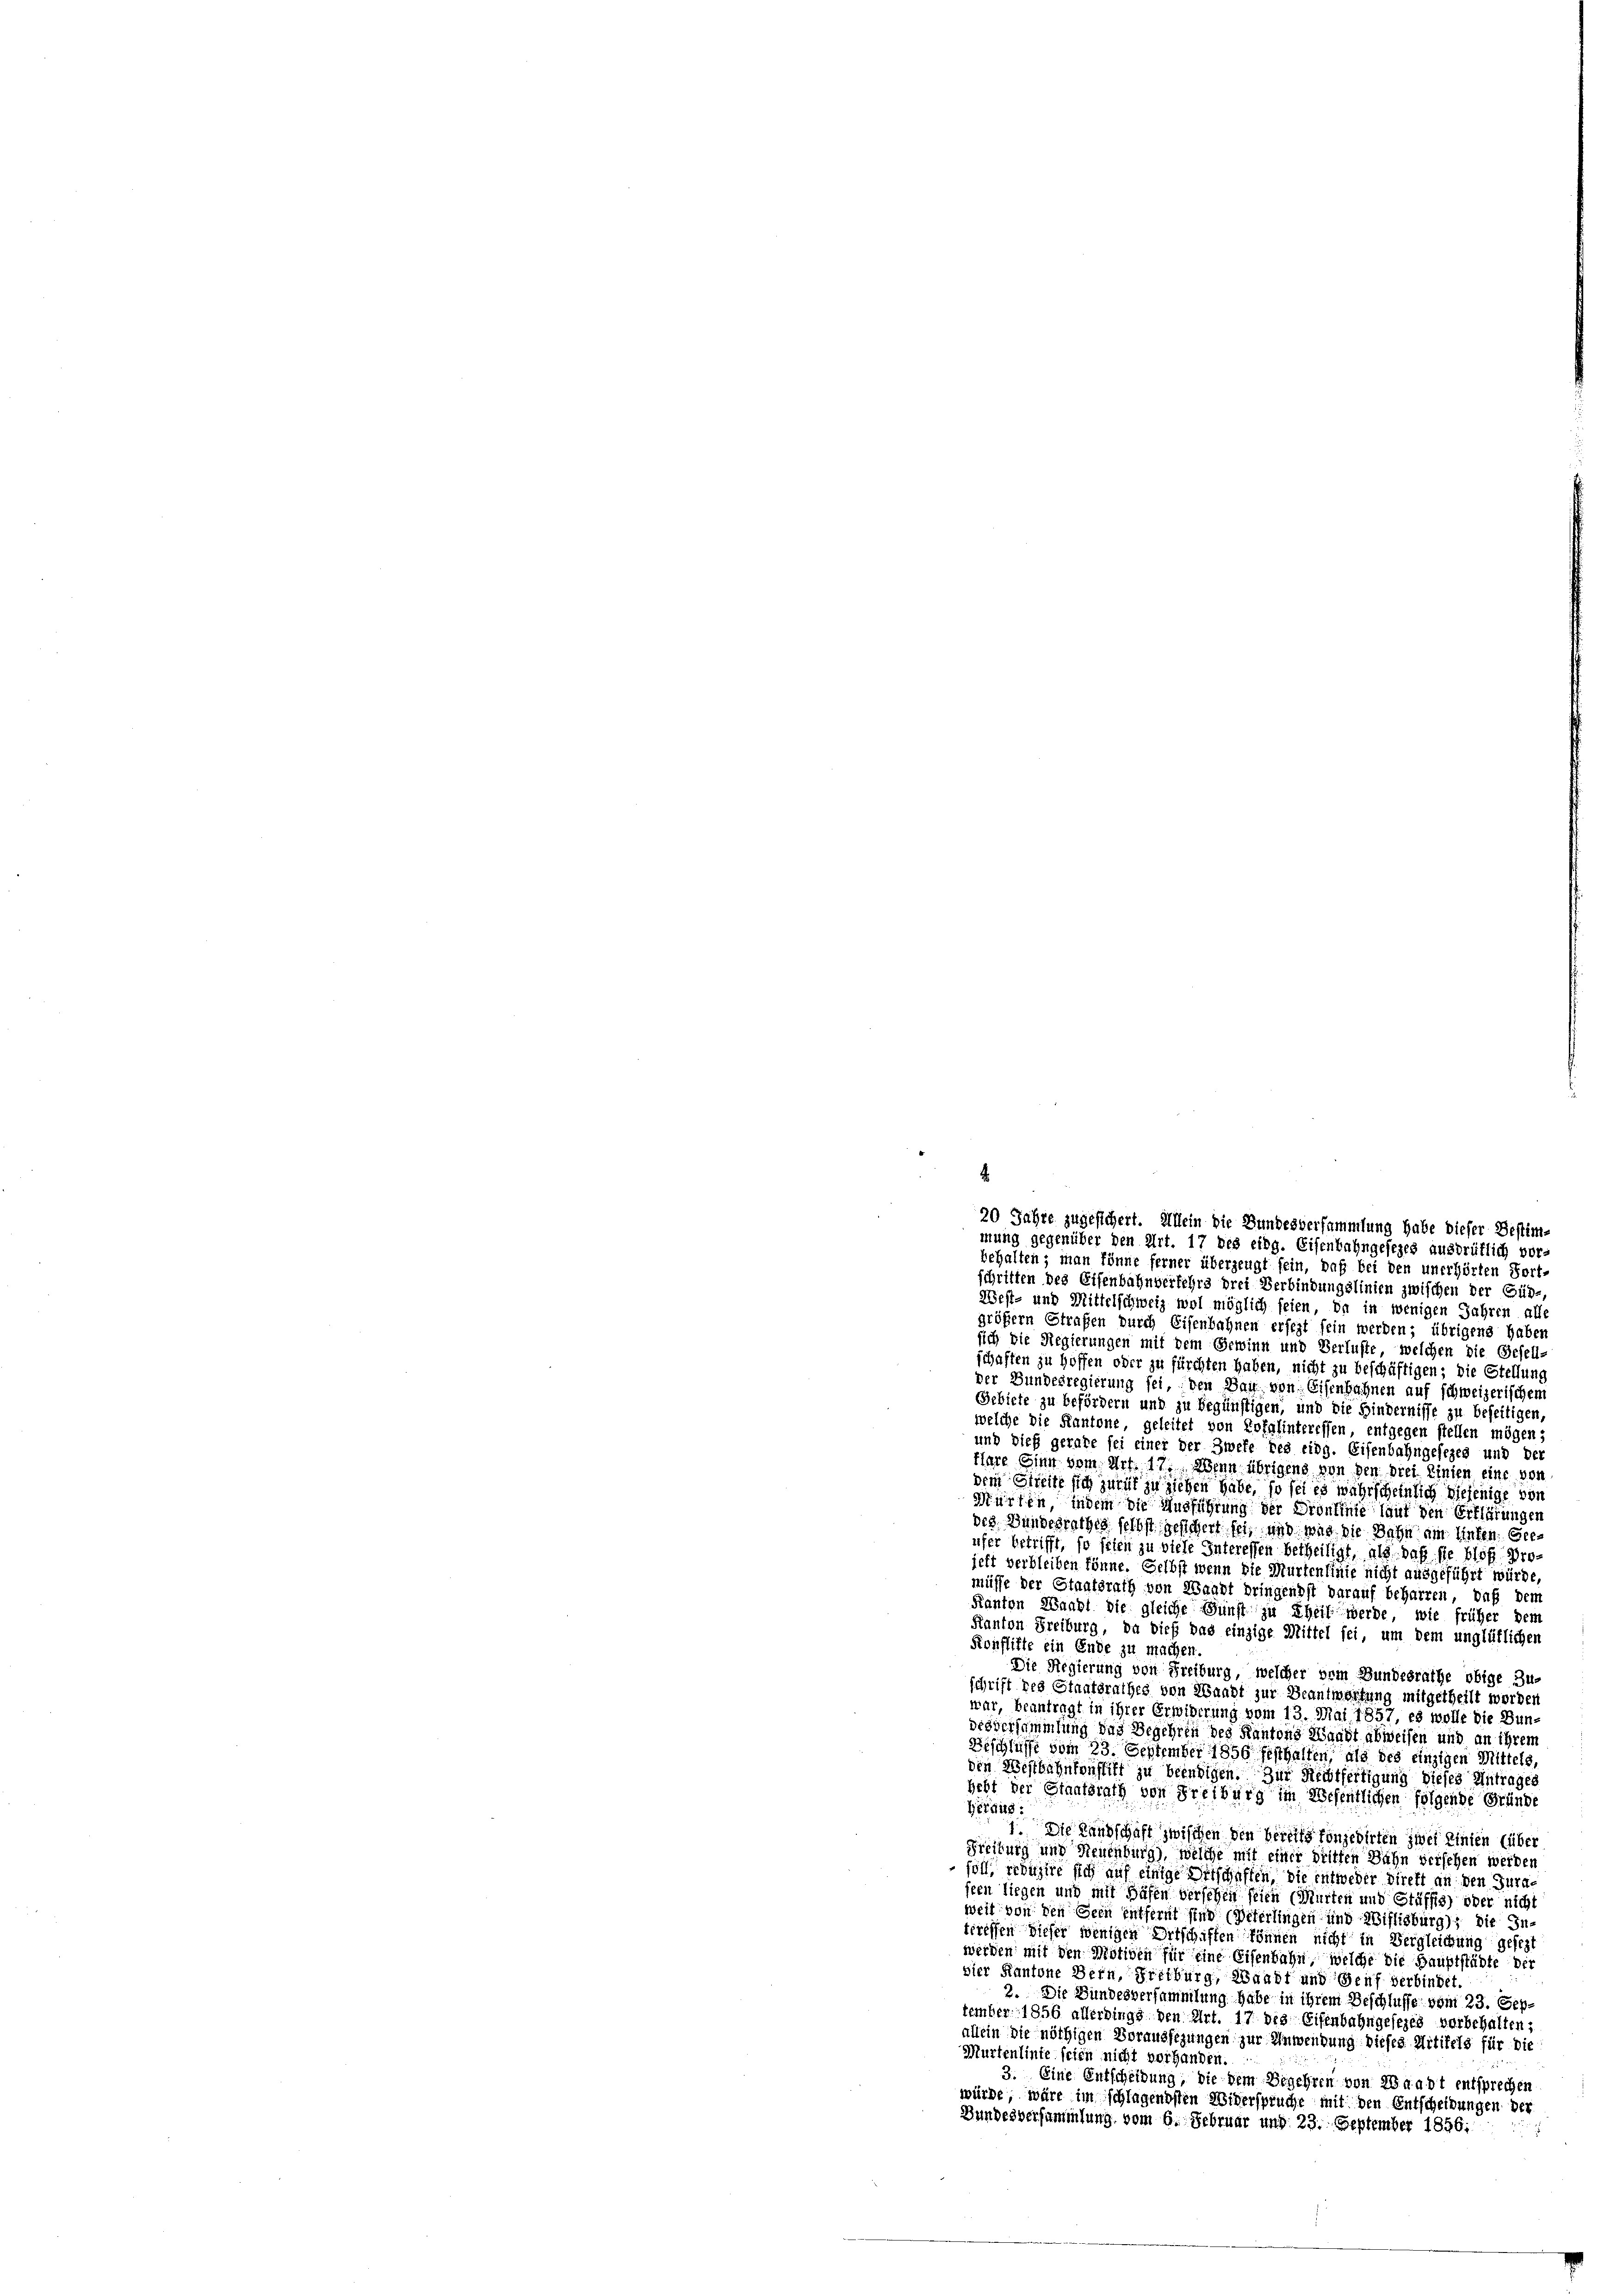
schritten des Eisenbahnverfehrs drei Verbindungslinien zwischen der Gün-,
West- und Mittelschweiz wol möglich seien, da in wenigen Jahren alls
größern Strafen durch Eisenbahnen ersezt sein werden; übrigens haben
sich die Regierungen mit dem Gewinn und Verluste, welchen die Gesell-
schaften zu hoffen oder zu fürchten haben, nicht zu beschäftigen; die Stellung
der Bundesregierung sei, den Bau von Eisenbahnen auf schweizerischen
Gebiete zu befördern und zu begünstigen, und die Hindernisse zu beseitigen,
welche die Kantone, geleitet von Kofahinteressen, entgegen stellen mögen;
und dieß gerate sei einer der Zwefe des eidg. Eisenbahngesezes und de
tlare Ginn vom Art. 17. Wenn übrigens von den drei Linien eine vor
dem Streite sich zurük zu ziehen habe, so sei es wahrscheinlich diejenige von
Würfen, indem die Ausführung der Droulinie laut den Erklärungen
des Bundesrathes selbst gesichert sei, und wie die Bahn am Hinten Geeufer betrifft, so seien zu viele Interessen betheiligt, als daß sie bloß projett verbleiben könne. Selbst wenn die Murtensinte nicht ausgeführt würde,
müsse der Staatsrath von Waadt bringendst darauf beharren, daß dem
Kanton Waadt die gleiche Gunst zu Theil werde, wie früher dem
Kanton Freiburg, da dieß das einzige Mittel sei, um dem unglüklichen
Konflikte ein Ende zu machen.
Die Regierung von Freiburg, welcher vom Bundesrathe obige Zu-
schrift des Staatsrathes von Waadt zur Beantwortung mitgetheilt worden
war, beantragt in ihrer Erwiderung vom 13. Mai 1857, es wolle die Bun-
Disversammlung das Begehren des Kantons Waadt abweisen und an ihrem
Beschlüsse vom 23. September 1856 festhalten, als des einzigen Mittels
den Westbahnkonstift zu beendigen. Zur Rechtfertigung dieses Antrages
hebt der Staatsrath von Freiburg im Wesentlichen folgende Gründe
Hirdig
1 Die Landschaft zwischen den bereits konzedirten zwei einien (über
Freitung und Neuenburg), welche mit einer dritten Bahn versehen werden
 soll reduzire sich auf einige Ortschaffen, die entweder Direkt an den Jurafern liegen und mit Häfen versehen seien (Marten und Stäffis) oder nicht
weit von den Dein entfernt sind (Peterlingen und Willisburg), die In-
treffen dieser wenigen Ortschaffen können nicht in Vergleichung gesezt
werden mit den Motiven für eine Eisenbahn, welche die Hauptstädte der
vier Kantone Bern, Fritburg, Waadt und Genf verbindet.
2. Die Bundesversammlung habe in ihrem Beschlusse vom 23. September 1856 allerdings den Art. 17 des Eisenbahngesezes verbehalten;
allein die nöthigen Voraussezungen zur Anwendung dieses Mitikels für die
Murtenlinte seien nicht vorhanden.
3. Eine Entscheidung, die dem Begehren von Waadt entsprechen
würde, wäre im schlagendsten Widerspruche mit den Entscheidungen der
Bundesversammlung vom 6. Februar und 23. September 1856.

.
20 Jahre zugesichert. Allein die Bundesversammlung habe dieser Bestimmung gegenüber den Art. 17 des eidg. Eisenbahngesezes ausdrüklich vor-
behalten; man könne ferner überzeugt sein, daß bei den unerhörten Fort-